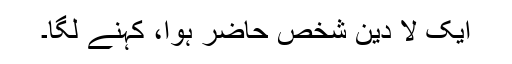
ایک لا دین شخص حاضر ہوا، کہنے لگا۔